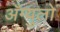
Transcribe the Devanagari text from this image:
अँग्युलो